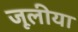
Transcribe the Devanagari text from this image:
जूलीया